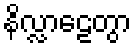
နိလ္လာဠေတွာ